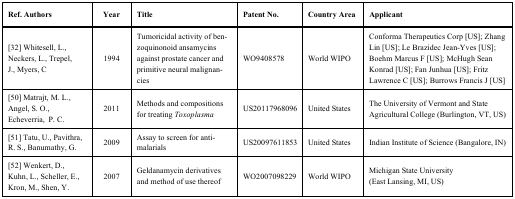
<table><thead><tr><td><b>Ref. Authors</b></td><td><b>Year</b></td><td><b>Title</b></td><td><b>Patent No.</b></td><td><b>Country Area</b></td><td><b>Applicant</b></td></tr></thead><tbody><tr><td>[32] Whitesell, L., Neckers, L., Trepel, J., Myers, C</td><td>1994</td><td>Tumoricidal activity of benzoquinonoid ansamycins against prostatecancer and primitive neural malignancies</td><td>WO9408578</td><td>World WIPO</td><td>Conforma Therapeutics Corp [US]; Zhang Lin [US]; Le Brazidec Jean-Yves[US]; Boehm Marcus F [US]; McHugh Sean Konrad [US]; Fan Junhua [US];Fritz Lawrence C [US]; Burrows Francis J [US] </td></tr><tr><td>[50] Matrajt, M. L., Angel, S. O., Echeverria,P. C.</td><td>2011</td><td>Methods and compositions for treating <i>Toxoplasma</i></td><td>US20117968096</td><td>United States</td><td>TheUniversity of Vermont and State Agricultural College (Burlington, VT,US)</td></tr><tr><td>[51] Tatu, U., Pavithra, R. S., Banumathy, G.</td><td>2009</td><td>Assay to screen for anti-malarials</td><td>US20097611853</td><td>United States</td><td>Indian Institute of Science (Bangalore, IN)</td></tr><tr><td>[52] Wenkert, D., Kuhn, L., Scheller, E., Kron, M., Shen, Y.</td><td>2007</td><td>Geldanamycin derivatives and method of use thereof</td><td>WO2007098229</td><td>World WIPO</td><td>Michigan State University (East Lansing, MI, US)</td></tr></tbody></table>